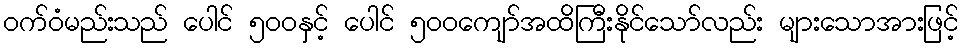
ဝက်ဝံမည်းသည် ပေါင် ၅၀၀နှင့် ပေါင် ၅၀၀ကျော်အထိကြီးနိုင်သော်လည်း များသောအားဖြင့်